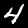
Label: 4